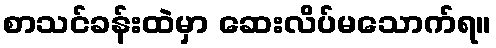
စာသင်ခန်းထဲမှာ ဆေးလိပ်မသောက်ရ။